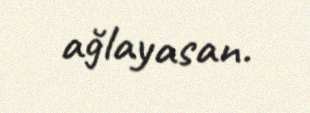
ağlayasan.